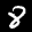
Label: 8